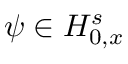
\psi \in H _ { 0 , x } ^ { s }